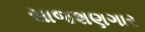
સાજશણગાર